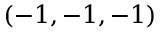
( - 1 , - 1 , - 1 )